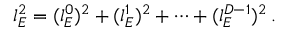
l _ { E } ^ { 2 } = ( l _ { E } ^ { 0 } ) ^ { 2 } + ( l _ { E } ^ { 1 } ) ^ { 2 } + \cdots + ( l _ { E } ^ { D - 1 } ) ^ { 2 } \, .